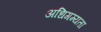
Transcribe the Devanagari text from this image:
अधिगम्यता